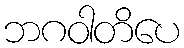
ဘဂဝါတိပေ